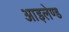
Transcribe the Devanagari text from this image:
आइलेण्ड